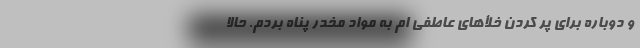
و دوباره برای پر کردن خلأهای عاطفی ام به مواد مخدر پناه بردم. حالا